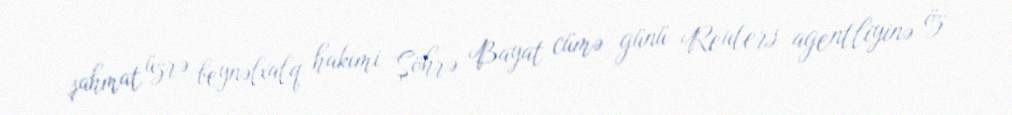
şahmat üzrə beynəlxalq hakimi Şöhrə Bayat cümə günü Reuters agentliyinə öz